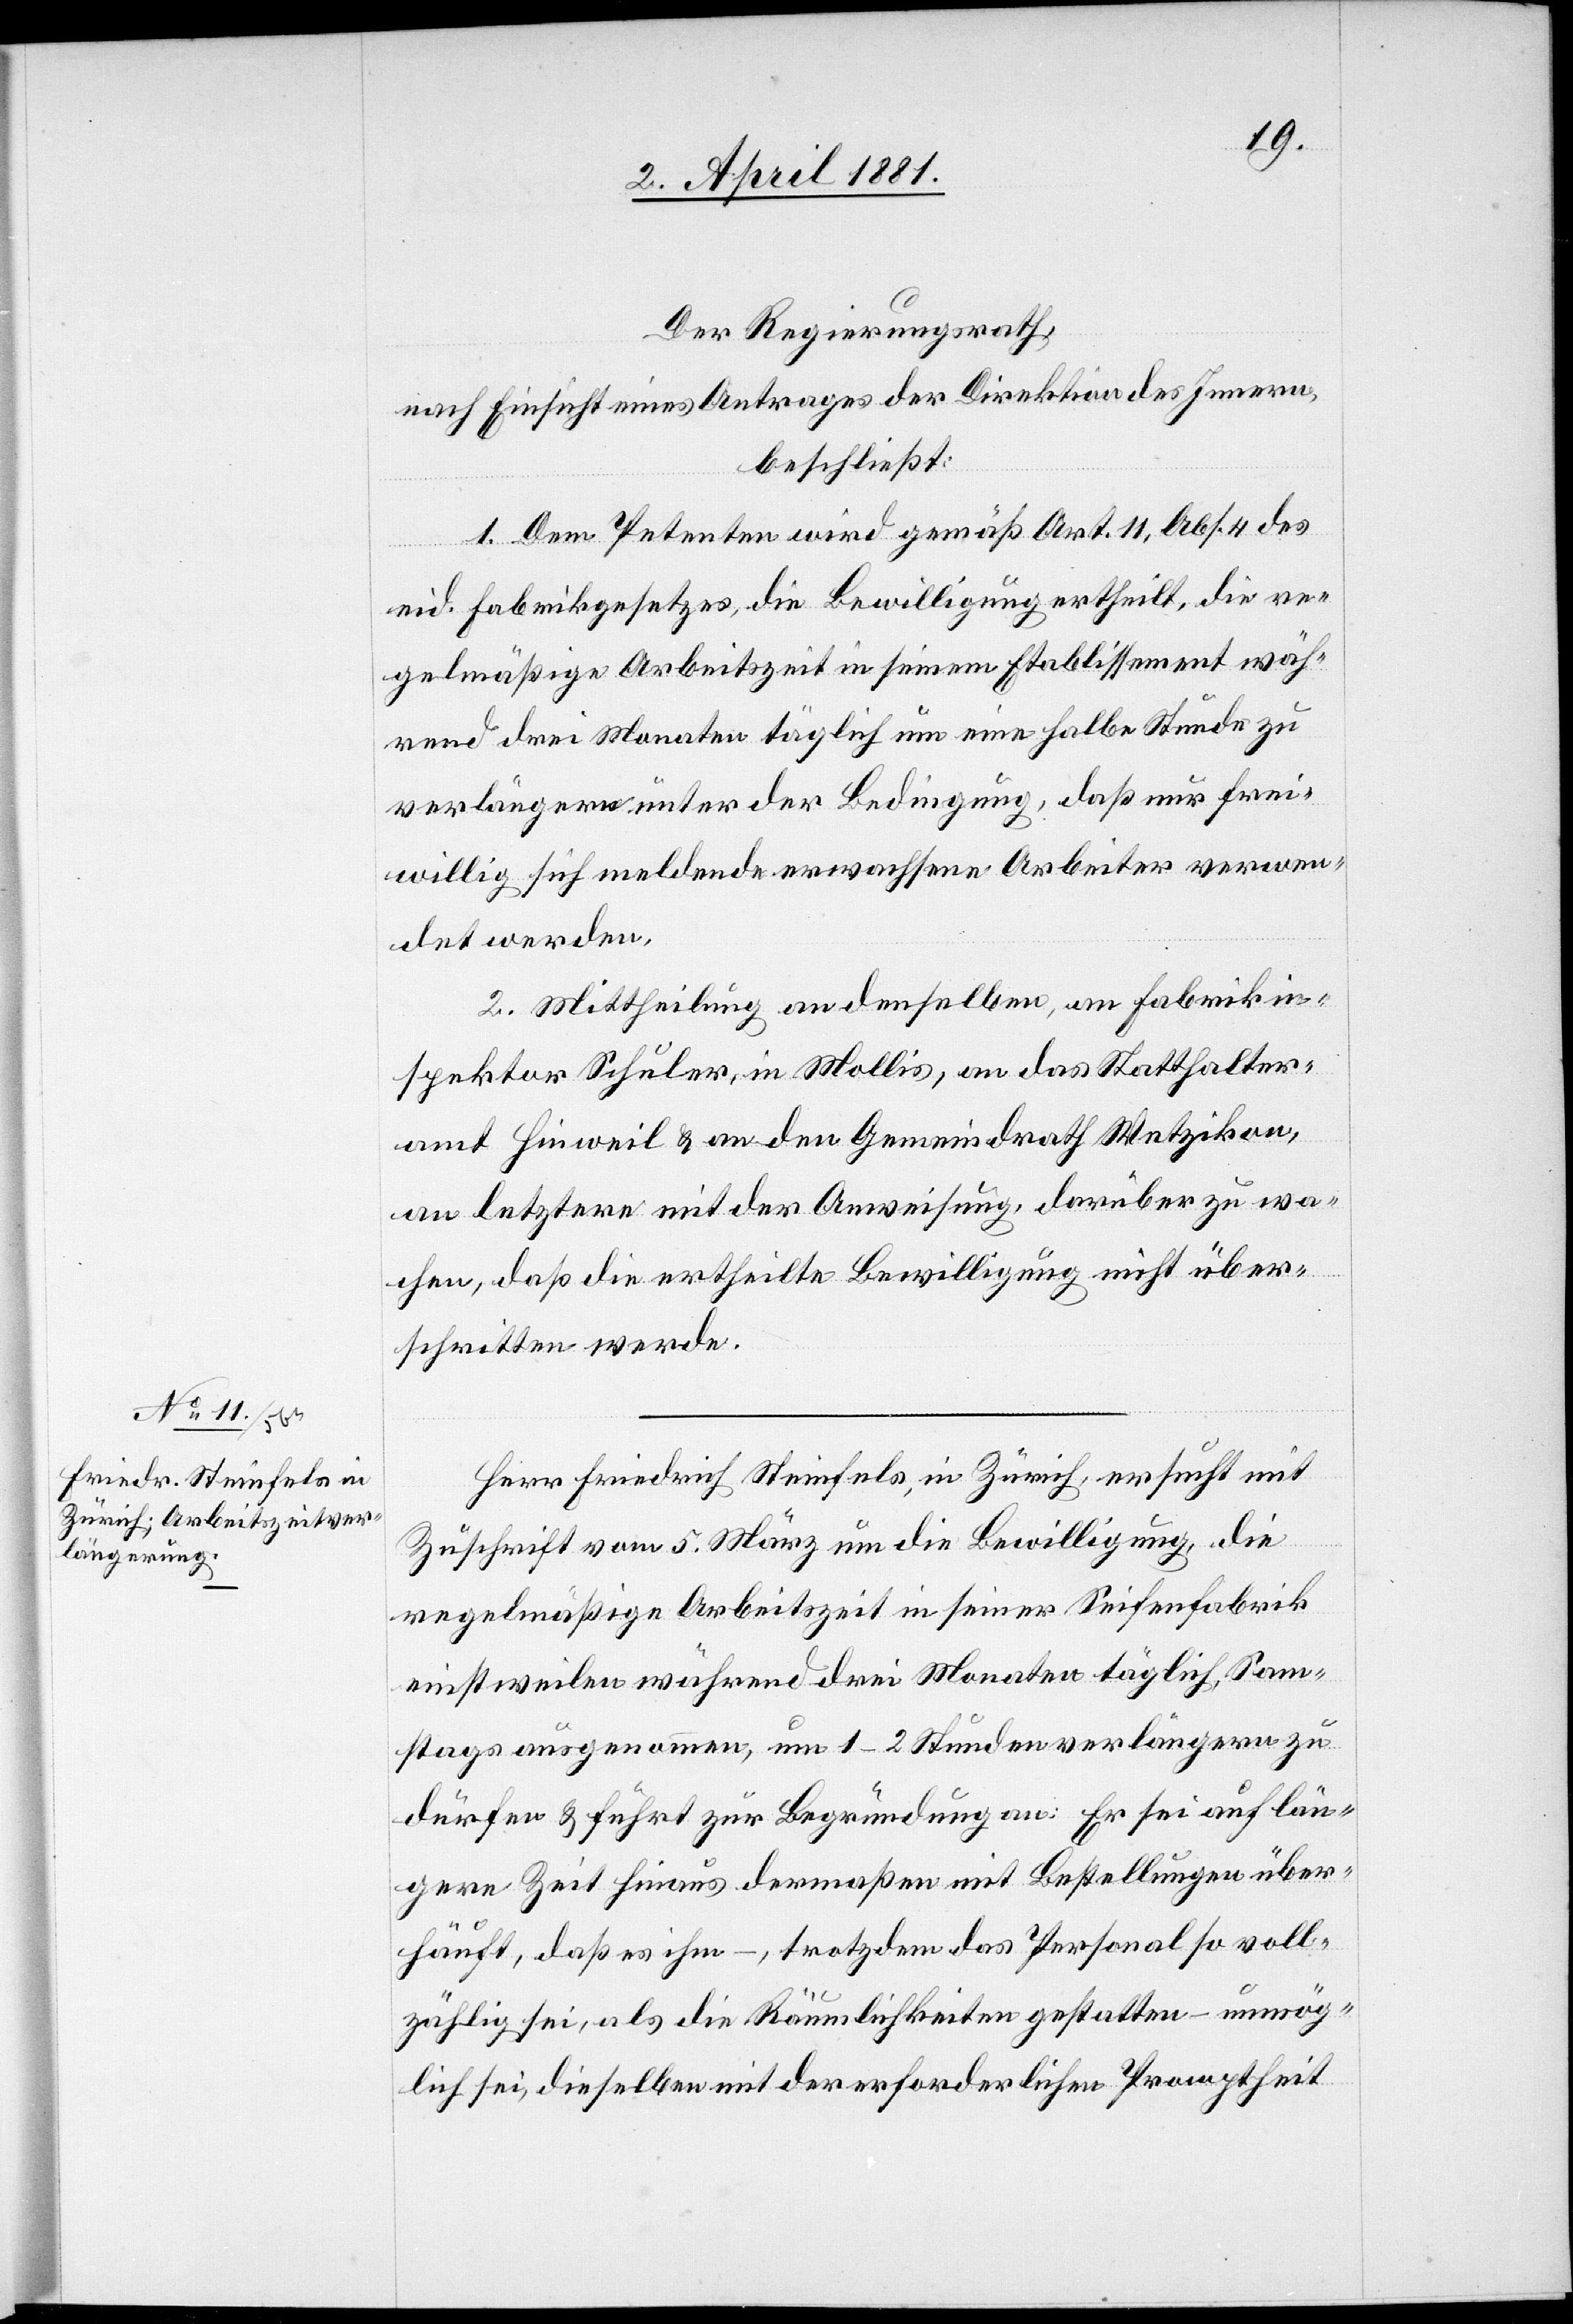
Der Regierungsrath,
nach Einsicht eines Antrages der Direktion des Innern,
beschließt:
1. Dem Petenten wird gemäß Art. 11, Abs. 4 des
eid. Fabrikgesetzes, die Bewilligung ertheilt, die re¬
gelmäßige Arbeitszeit in seinem Etablissement wäh¬
rend drei Monaten täglich um eine halbe Stunde zu
verlängern unter der Bedingung, daß nur frei¬
willig sich meldende erwachsene Arbeiter verwen¬
det werden.
2. Mittheilung an denselben, an Fabrikin¬
spektor Schuler, in Mollis, an das Statthalter¬
amt Hinweil & an den Gemeindrath Wetzikon,
an letztere mit der Anweisung, darüber zu wa¬
chen, daß die ertheilte Bewilligung nicht über¬
schritten werde.
Herr Friedrich Steinfels, in Zürich, ersucht mit
Zuschrift vom 5. März um die Bewilligung, die
regelmäßige Arbeitszeit in seiner Seifenfabrik
einstweilen während drei Monaten täglich, Sam¬
stags ausgenommen, um 1–2 Stunden verlängern zu
dürfen & führt zur Begründung an: Er sei auf län¬
gere Zeit hinaus dermaßen mit Bestellungen über¬
häuft, daß es ihm –, trotzdem das Personal so voll¬
zählig sei, als die Räumlichkeiten gestatten – unmög¬
lich sei, dieselben mit der erforderlichen Promptheit